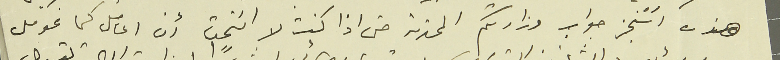
هذه استنجز جواب وزارتكم المحترمه حتى اذا كنت لا اسَتحق ان اعامل كما عومل